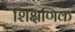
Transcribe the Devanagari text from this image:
शिक्षणिक